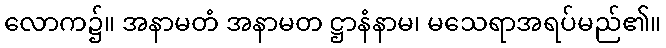
လောက၌။ အနာမတံ အနာမတ ဋ္ဌာနံနာမ၊ မသေရာအရပ်မည်၏။